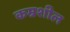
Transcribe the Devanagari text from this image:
कम्रशील